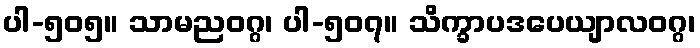
ပါ-၅၀၅။ သာမညဝဂ္ဂ၊ ပါ-၅၀၇။ သိက္ခာပဒပေယျာလဝဂ္ဂ၊